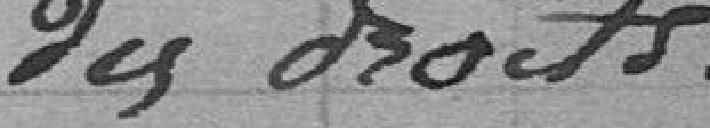
des droits